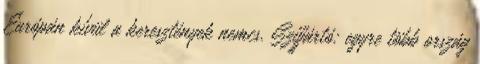
Európán kívül a keresztények nemcs. Szijjártó: egyre több ország